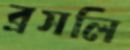
ব্রসলি